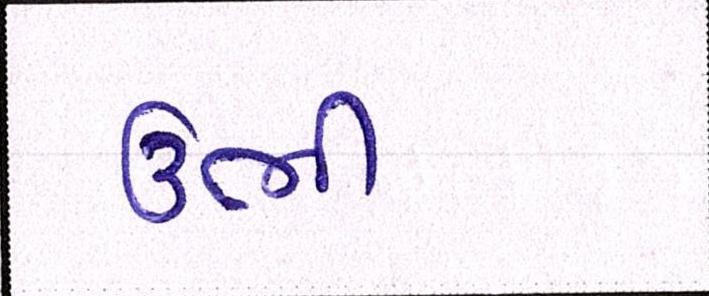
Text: ઉભી